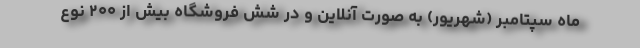
ماه سپتامبر (شهریور) به صورت آنلاین و در شش فروشگاه بیش از ۲۰۰ نوع